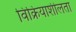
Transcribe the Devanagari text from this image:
विक्रियाशीलता